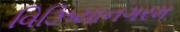
વિઝિયાનગરમ